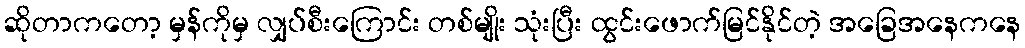
ဆိုတာကတော့ မှန်ကိုမှ လျှပ်စီးကြောင်း တစ်မျိုး သုံးပြီး ထွင်းဖောက်မြင်နိုင်တဲ့ အခြေအနေကနေ